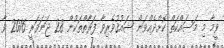
ވީމާ މި މަސައްކަތް ކޮށްދެއްވަން ޝައުޤުވެރިވާ ފަރާތްތަކުން 28 ޖަނަވަރީ 2016 ވާ